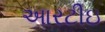
આરટીઇ